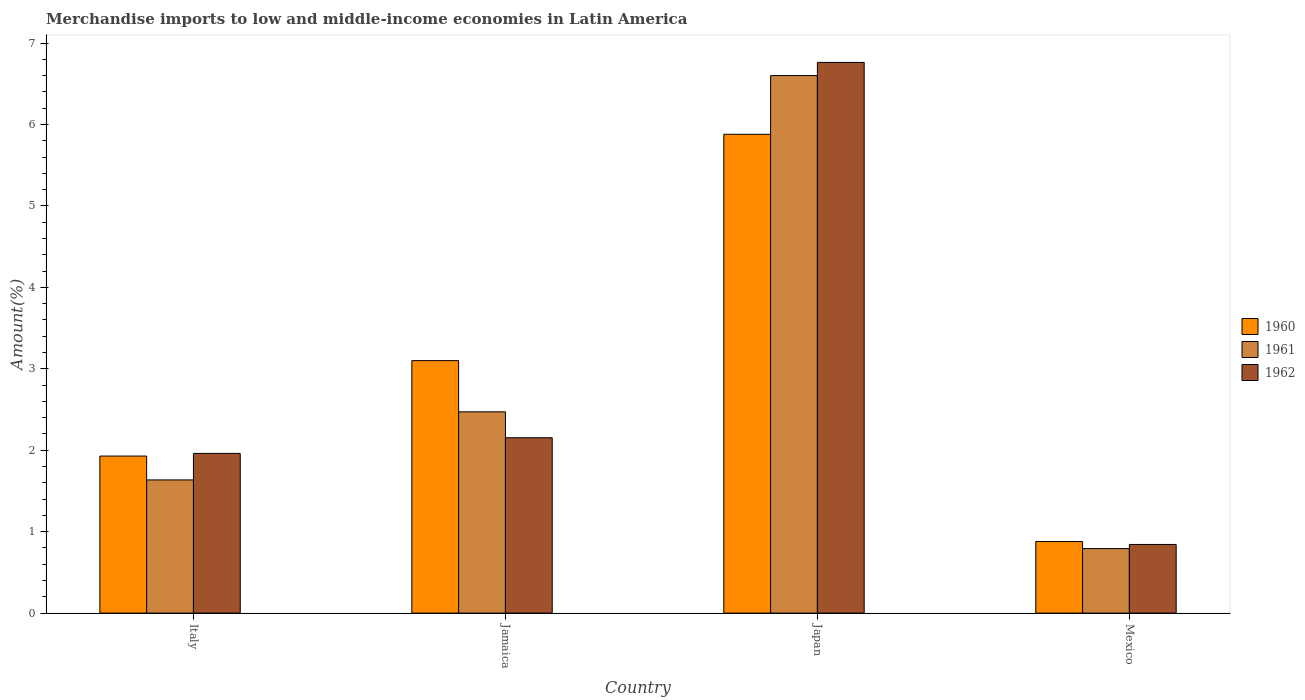
| Country | 1960 | 1961 | 1962 |
 | --- | --- | --- | --- |
 | Italy | 1.93 | 1.64 | 1.96 |
 | Jamaica | 3.1 | 2.47 | 2.15 |
 | Japan | 5.88 | 6.6 | 6.76 |
 | Mexico | 0.879 | 0.792 | 0.843 |